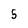
Character: 5